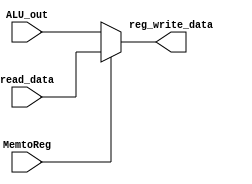
module Mux_Memory(reg_write_data, read_data, ALU_out, MemtoReg);
	output [31:0]reg_write_data;
	input [31:0]read_data, ALU_out;
	input MemtoReg;
	
	assign reg_write_data = (MemtoReg==1'b1) ? read_data : ALU_out;

endmodule